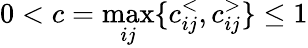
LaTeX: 0<c=\operatorname*{max}_{ij}\{ c_{ij}^{<},c_{ij}^{>}\} \leq 1